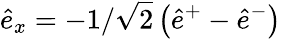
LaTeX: \hat{e}_{x}=-1/\sqrt{2}\left(\hat{e}^{+}-\hat{e}^{-}\right)